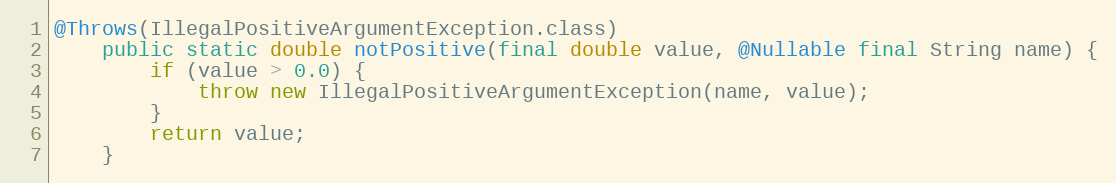
Language: Java
@Throws(IllegalPositiveArgumentException.class)
	public static double notPositive(final double value, @Nullable final String name) {
		if (value > 0.0) {
			throw new IllegalPositiveArgumentException(name, value);
		}
		return value;
	}